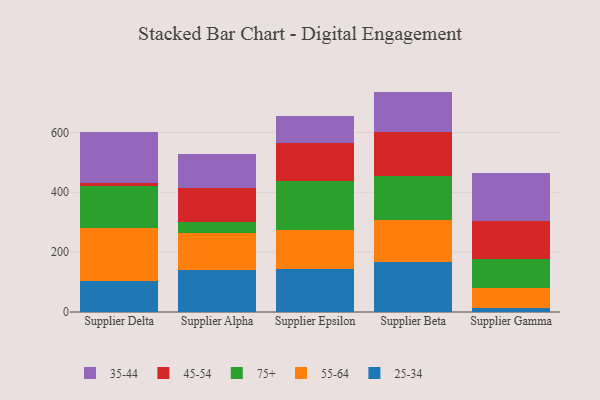
{"axis": {"x": "Supplier", "y": "LTV (USD)"}, "legend": ["25-34", "35-44", "45-54", "55-64", "75+"], "data": [{"x": "Supplier Delta", "y": 103.4, "type": "25-34"}, {"x": "Supplier Delta", "y": 175.6, "type": "55-64"}, {"x": "Supplier Delta", "y": 142.7, "type": "75+"}, {"x": "Supplier Delta", "y": 10.3, "type": "45-54"}, {"x": "Supplier Delta", "y": 169.6, "type": "35-44"}, {"x": "Supplier Alpha", "y": 139.6, "type": "25-34"}, {"x": "Supplier Alpha", "y": 123.1, "type": "55-64"}, {"x": "Supplier Alpha", "y": 37.0, "type": "75+"}, {"x": "Supplier Alpha", "y": 113.6, "type": "45-54"}, {"x": "Supplier Alpha", "y": 114.7, "type": "35-44"}, {"x": "Supplier Epsilon", "y": 142.5, "type": "25-34"}, {"x": "Supplier Epsilon", "y": 130.2, "type": "55-64"}, {"x": "Supplier Epsilon", "y": 164.3, "type": "75+"}, {"x": "Supplier Epsilon", "y": 127.1, "type": "45-54"}, {"x": "Supplier Epsilon", "y": 91.3, "type": "35-44"}, {"x": "Supplier Beta", "y": 168.6, "type": "25-34"}, {"x": "Supplier Beta", "y": 138.9, "type": "55-64"}, {"x": "Supplier Beta", "y": 147.3, "type": "75+"}, {"x": "Supplier Beta", "y": 148.0, "type": "45-54"}, {"x": "Supplier Beta", "y": 133.5, "type": "35-44"}, {"x": "Supplier Gamma", "y": 14.5, "type": "25-34"}, {"x": "Supplier Gamma", "y": 65.4, "type": "55-64"}, {"x": "Supplier Gamma", "y": 97.1, "type": "75+"}, {"x": "Supplier Gamma", "y": 128.3, "type": "45-54"}, {"x": "Supplier Gamma", "y": 158.3, "type": "35-44"}]}